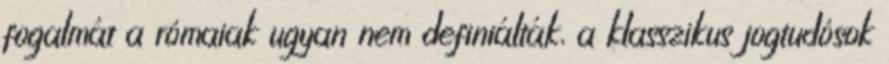
fogalmát a rómaiak ugyan nem definiálták, a klasszikus jogtudósok